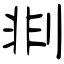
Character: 剕